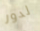
لدور